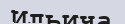
Ильича